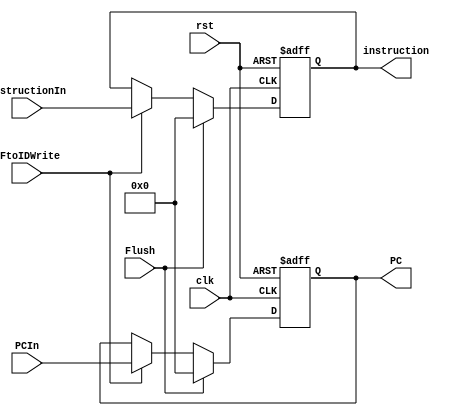
`timescale 1ns/1ns
module IFtoID(input clk, rst, Flush, IFtoIDWrite, input[31:0] PCIn, instructionIn,output[31:0] PC, instruction);
  reg [31:0] pc, instr;
  always @(posedge clk, posedge rst) begin
    if (rst) begin
      pc <= 32'b0;
      instr <= 32'b0;
    end
    else begin
      if (Flush) begin
        instr <= 32'b0;
        pc <= 32'b0;
      end
      else begin
        if( IFtoIDWrite ) begin
          instr <= instructionIn;
          pc <= PCIn;
        end
        else begin
          instr <= instr;
          pc <= pc;
        end
      end
    end
  end
  assign PC = pc;
  assign instruction = instr;
endmodule